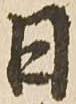
日